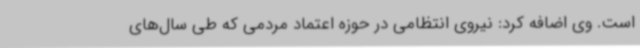
است. وی اضافه کرد: نیروی انتظامی در حوزه اعتماد مردمی که طی سال‌های